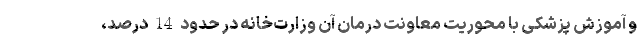
و آموزش پزشکی با محوریت معاونت درمان آن وزارت‌خانه در حدود 14 درصد،